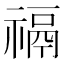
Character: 𰨐